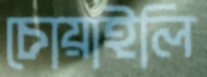
চোয়াইলি